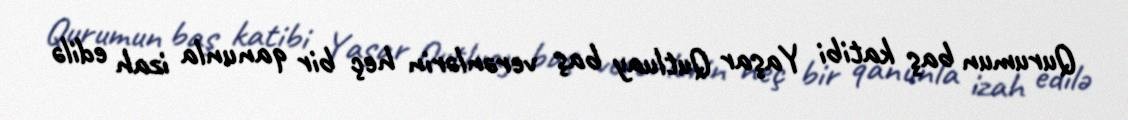
Qurumun baş katibi Yaşar Qutluay baş verənlərin heç bir qanunla izah edilə